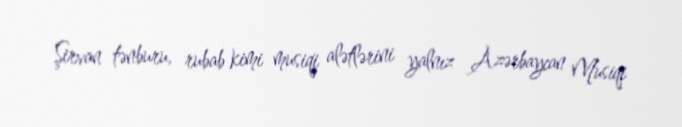
Şirvan tənburu, rubab kimi musiqi alətlərini yalnız Azərbaycan Musiqi